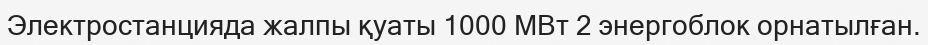
Электростанцияда жалпы қуаты 1000 МВт 2 энергоблок орнатылған.